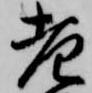
老